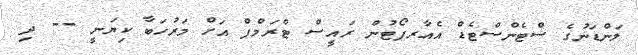
ލަންޑަނުގެ ސްޓެންސްޓެޑް އެއާރޕޯޓުން ރައީސް ޓްރަމްޕް އަށް މަރުހަބާ ކިޔަނީ -- ދި